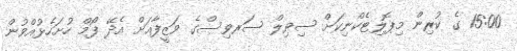
15:00 ގެ ކުރިން މިޕޮލިޓެކްނިކަށް ސިވިލް ސަރވިސްގެ ވަޒީފާއަށް އެދޭ ފޯމް ހުށަހެޅުއްވުން